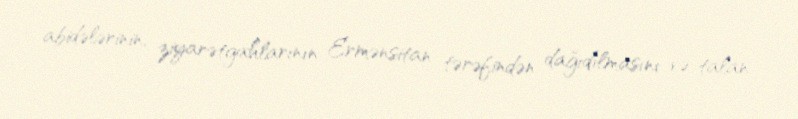
abidələrinin, ziyarətgahlarının Ermənsitan tərəfindən dağıdılmasını və talan